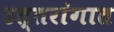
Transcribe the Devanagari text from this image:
उत्तरांगात